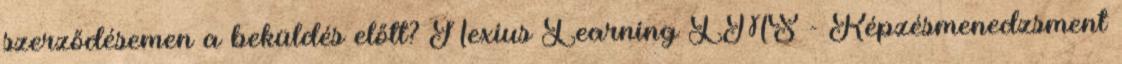
szerződésemen a beküldés előtt? Nexius Learning LMS - Képzésmenedzsment